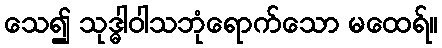
သေ၍ သုဒ္ဓါဝါသဘုံရောက်သော မထေရ်။